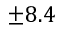
\pm 8 . 4